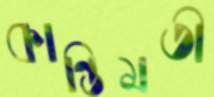
কান্তিমতী